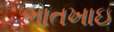
ભાતખાઇ